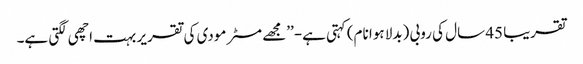
تقریبا 45 سال کی روبی (بدلا ہوا نام) کہتی ہے-’’مجھے مسٹر مودی کی تقریر بہت اچھی لگتی ہے۔